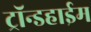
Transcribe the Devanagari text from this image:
ट्रॉन्डहाईम